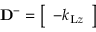
\mathbf { D } ^ { - } = \left[ \begin{array} { l } { - k _ { \mathrm { L } z } } \end{array} \right]